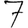
Digit: 7